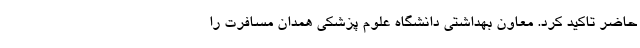
حاضر تاکید کرد. معاون بهداشتی دانشگاه علوم پزشکی همدان مسافرت را